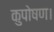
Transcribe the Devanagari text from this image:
कुपोषण।